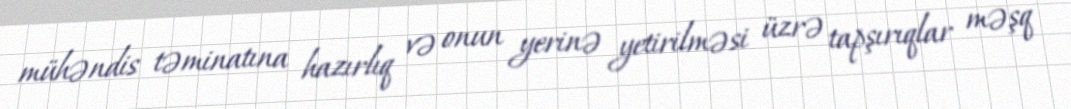
mühəndis təminatına hazırlıq və onun yerinə yetirilməsi üzrə tapşırıqlar məşq